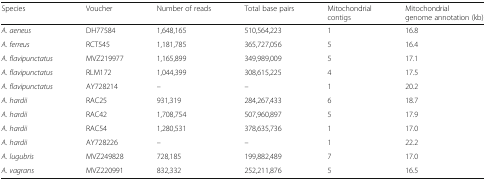
<table><thead><tr><td><b>Species</b></td><td><b>Voucher</b></td><td><b>Number of reads</b></td><td><b>Total base pairs</b></td><td><b>Mitochondrial contigs</b></td><td><b>Mitochondrial genome annotation (kb)</b></td></tr></thead><tbody><tr><td><i>A. aeneus</i></td><td>DH77584</td><td>1,648,165</td><td>510,564,223</td><td>1</td><td>16.8</td></tr><tr><td><i>A. ferreus</i></td><td>RCT545</td><td>1,181,785</td><td>365,727,056</td><td>5</td><td>16.4</td></tr><tr><td><i>A. flavipunctatus</i></td><td>MVZ219977</td><td>1,165,899</td><td>349,989,009</td><td>5</td><td>17.1</td></tr><tr><td><i>A. flavipunctatus</i></td><td>RLM172</td><td>1,044,399</td><td>308,615,225</td><td>4</td><td>17.5</td></tr><tr><td><i>A. flavipunctatus</i></td><td>AY728214</td><td>–</td><td>–</td><td>1</td><td>20.2</td></tr><tr><td><i>A. hardii</i></td><td>RAC25</td><td>931,319</td><td>284,267,433</td><td>6</td><td>18.7</td></tr><tr><td><i>A. hardii</i></td><td>RAC42</td><td>1,708,754</td><td>507,960,897</td><td>5</td><td>17.9</td></tr><tr><td><i>A. hardii</i></td><td>RAC54</td><td>1,280,531</td><td>378,635,736</td><td>1</td><td>17.0</td></tr><tr><td><i>A. hardii</i></td><td>AY728226</td><td>–</td><td>–</td><td>1</td><td>22.2</td></tr><tr><td><i>A. lugubris</i></td><td>MVZ249828</td><td>728,185</td><td>199,882,489</td><td>7</td><td>17.0</td></tr><tr><td><i>A. vagrans</i></td><td>MVZ220991</td><td>832,332</td><td>252,211,876</td><td>5</td><td>16.5</td></tr></tbody></table>